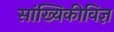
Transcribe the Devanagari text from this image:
सांख्यिकीविज्ञ